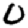
Digit: 0